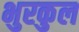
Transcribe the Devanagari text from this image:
भुरकुल